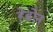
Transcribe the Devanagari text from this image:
हेब्रोन